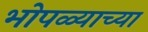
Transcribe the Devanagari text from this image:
भोपळ्याच्या